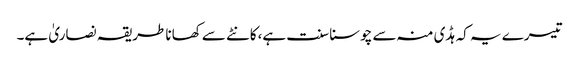
تیسرے یہ کہ ہڈی منہ سے چوسنا سنت ہے،کانٹے سے کھانا طریقہ نصاریٰ ہے۔